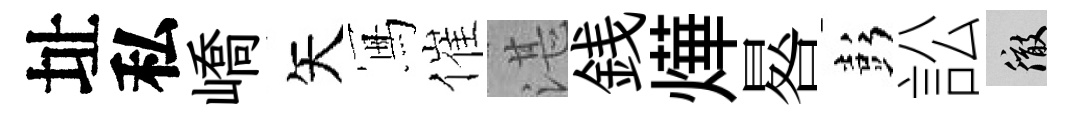
址私嶠矢冩催湛銭燁晷彭訟徹